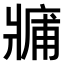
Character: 𤖑